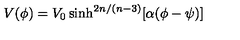
V ( \phi ) = V _ { 0 } \sinh ^ { 2 n / ( n - 3 ) } [ \alpha ( \phi - \psi ) ]